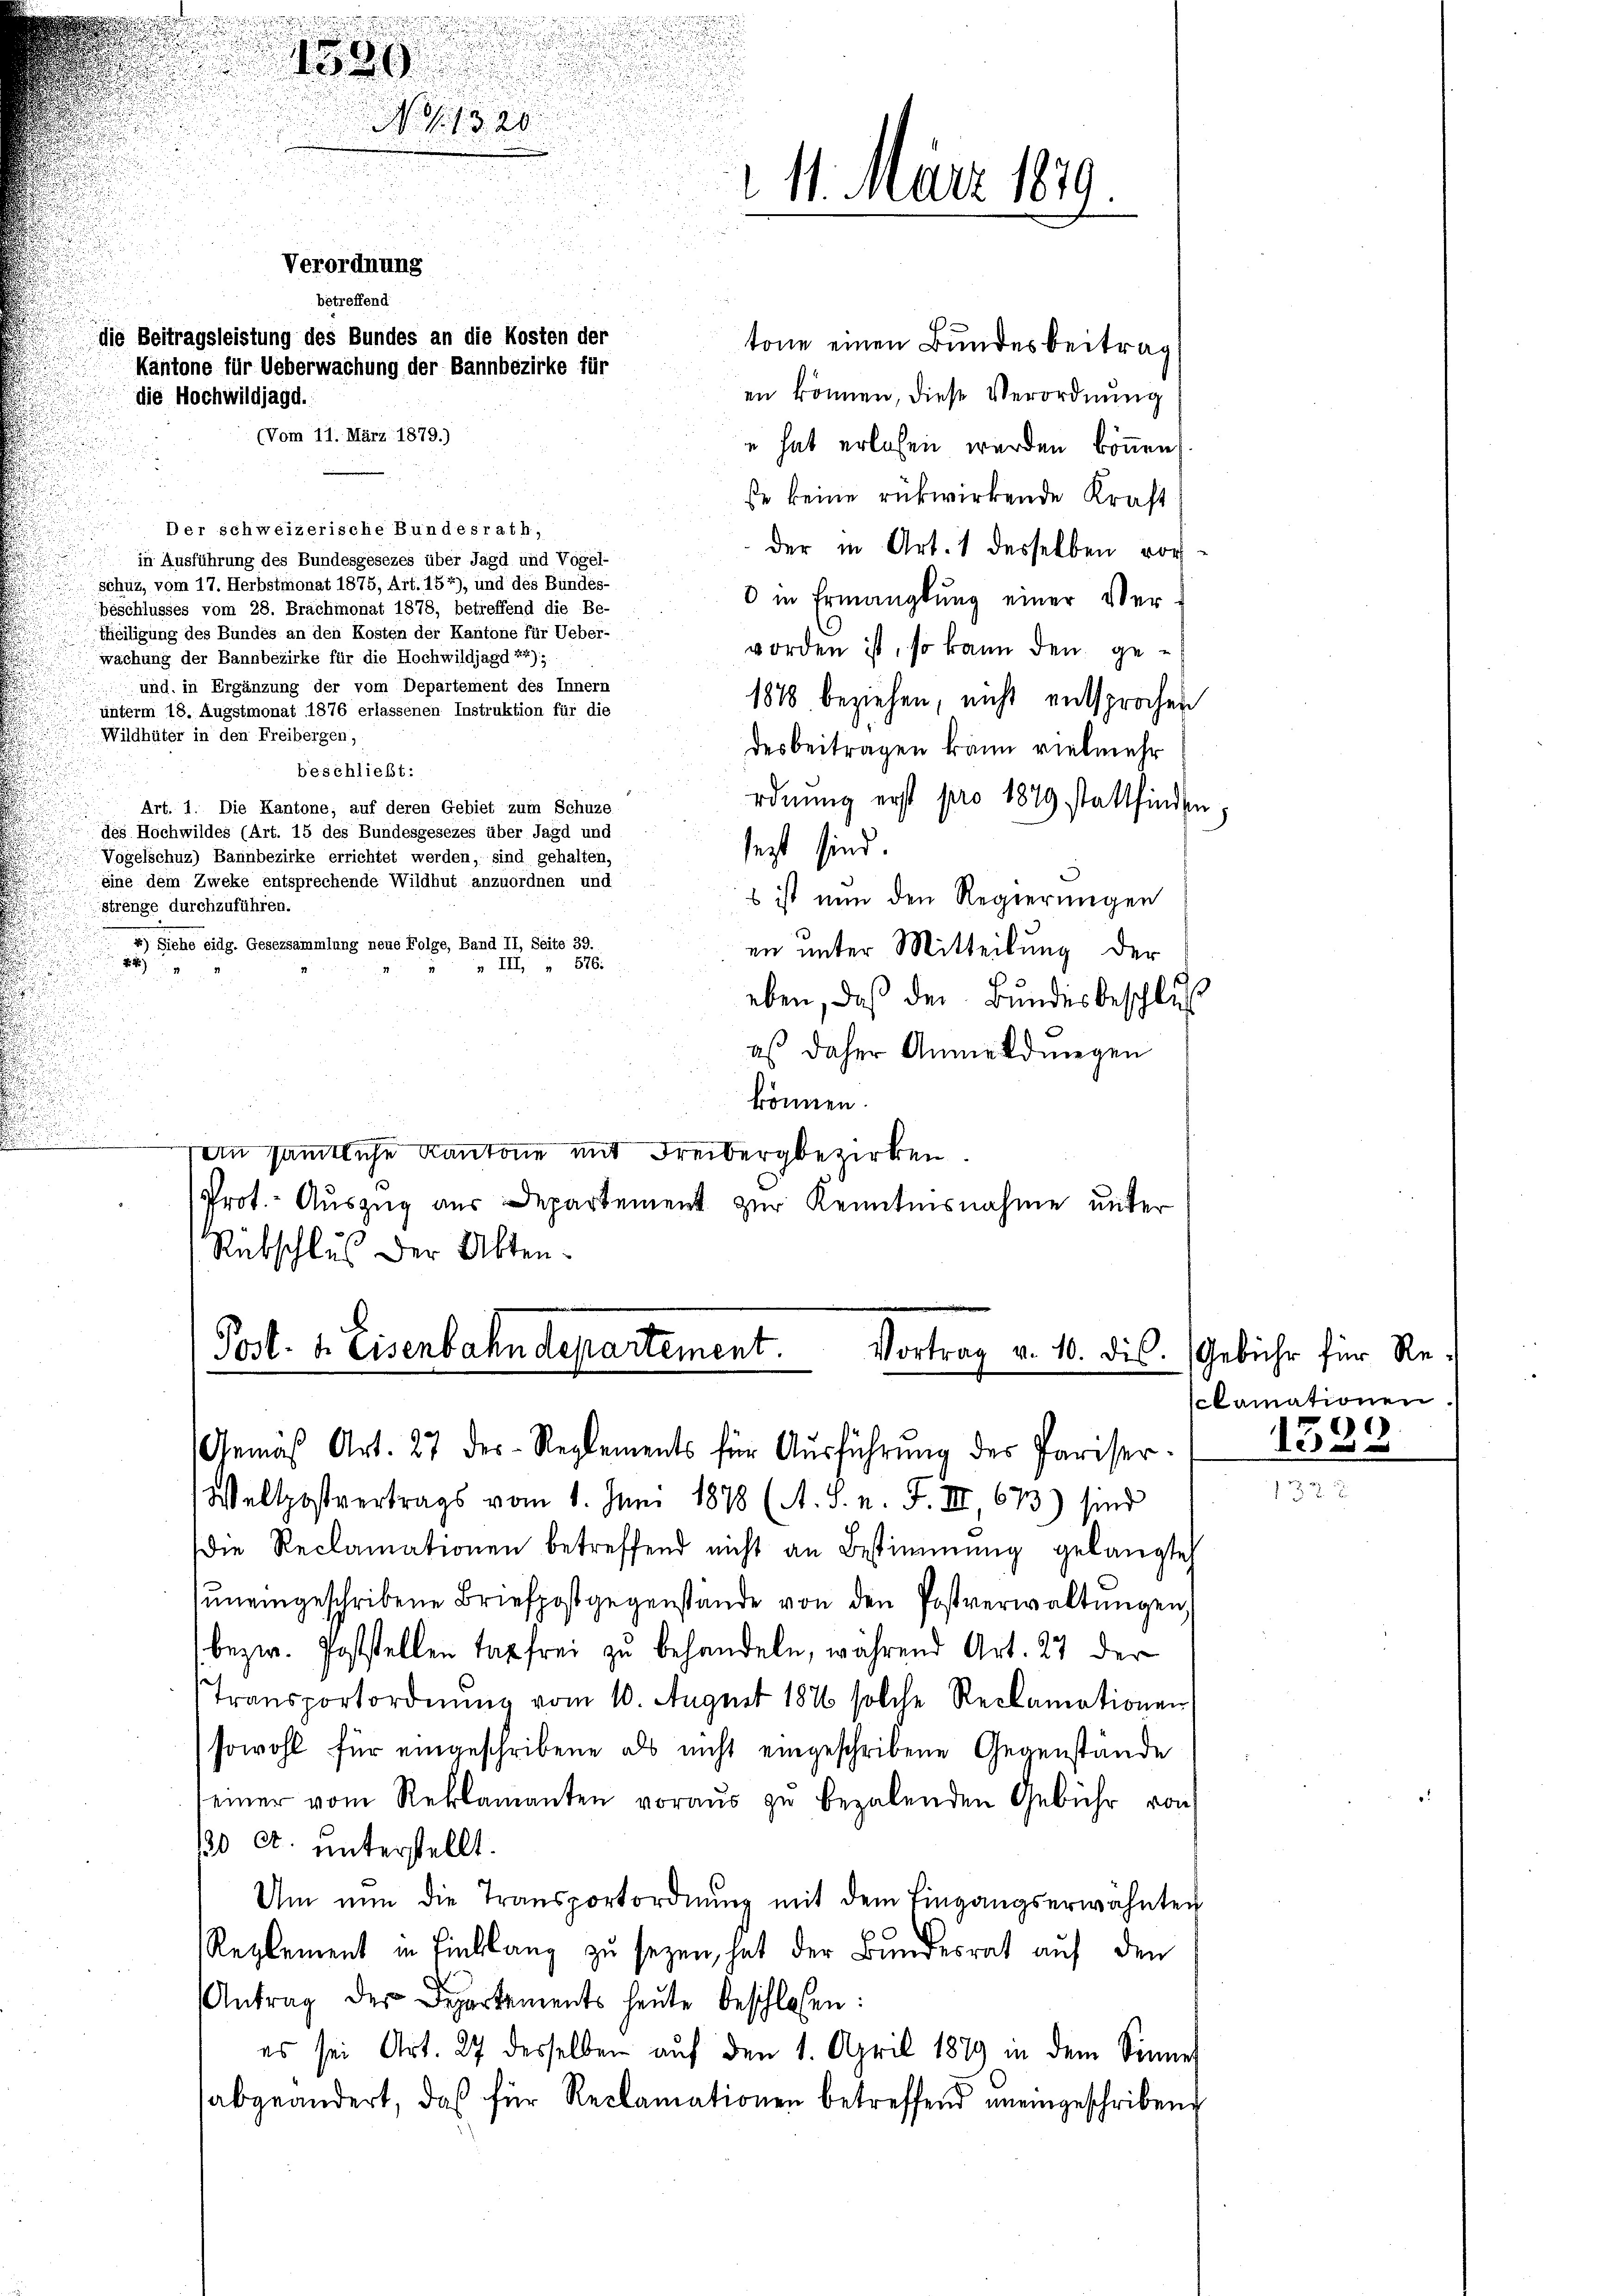
u
1589
No. 1320
 11. März 1879.
Verordnung
betreffend
die Beitragsleistung des Bundes an die Kosten der
tone einen Bundesbeitrag
Kantone für Ueberwachung der Bannbezirke für
en können, diese Verordnung
die Hochwildjagd.
(Vom 11. März 1879.)

" hat erlesen werden können.
se keine rükwirkende Kraft
Der schweizerische Bundesrath,
der in Art. 1 desselben vorin Ausführung des Bundesgesezes über Jagd und Vogel-
schutz, vom 17. Herbstmonat 1875, Art. 154), und des Bundes-
8 in Ermanglung einer Ver-
beschlusses vom 28. Brachmonat 1878, betreffend die Be-
theiligung des Bundes an den Kosten der Kantone für Ueber-
worden ist, so kann den gewachung der Bannbezirke für die Hochwildjagd 24).
und, in Ergänzung der vom Departement des Innern
1818 beziehen, nicht entsprochen
unterm 18. Augstmonat 1876 erlassenen Instruktion für die
Wildhüter in den Freibergen,
desbeitragen kann vielmehr
beschließt:
ordnung erst pro 1879 stattfinden
Art. 1. Die Kantone, auf deren Gebiet zum Schuze
des Hochwildes (Art. 15 des Bundesgesezes über Jagd und
sezt sind.
Vogelschuz) Bannbezirke errichtet werden, sind gehalten,
eine dem Zweke entsprechende Wildhut anzuordnen und
s ist nun den Regierungen
strenge durchzuführen.
4) Siehe eidg. Gesezsammlung neue Folge, Band II, Seite 39.
en unter Mitteilung der
885)
» III 516.
eben, daß der Bundesbeschluß
as daher Anmeldwegen
können.
sein sämtliche Kantone mit Freibergbezirken.
Prot.- Auszug aus Departement zur Kenntnisnahme unter
Rübschlus der Akten¬

Post. 1. Eisenbahndepartement.
Vortrag v. 10. dis.
Gemäβ Art. 27 des Reglements für Aŭsführŭng des Pariser. 13522.
Weltpostvertrags vom 1. Juni 1878 (A. S. n. F. III 673) sind

die Reclamationen betreffend nicht an Bestimmung gelangte
ŭneingeschribene Briefpost gegenstände von den Postverwaltŭngen,
bezw. Poststellen Tag frei zu behandeln, während Art. 27 der
Transportordnung vom 10. August 1876 solche Reclamationen,
sowohl für eingeschribene als nicht eingeschribene Gegenstände
seiner vom Reklamanten voraŭs zŭ bezalenden Gebühr von
10 Ct. unterstellt.
Um nun die Transportordnŭng mit dem Eingangserwähnten
Reglement in Einklang zu sezen, hat der Bundesrat auf den
Antrag der Departements heŭte beschlossen:
es sei Art. 27 desselben aŭf den 1. April 1879 in dem Sinner
abgeändert, daß für Reclamationen betreffend uneingeschribene

Gebühr für Reclamationen